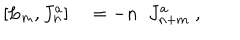
[ L _ { m } , J _ { n } ^ { a } ] \quad = - n \; \; J _ { n + m } ^ { a } \; ,